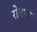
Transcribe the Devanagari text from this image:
रोगणा